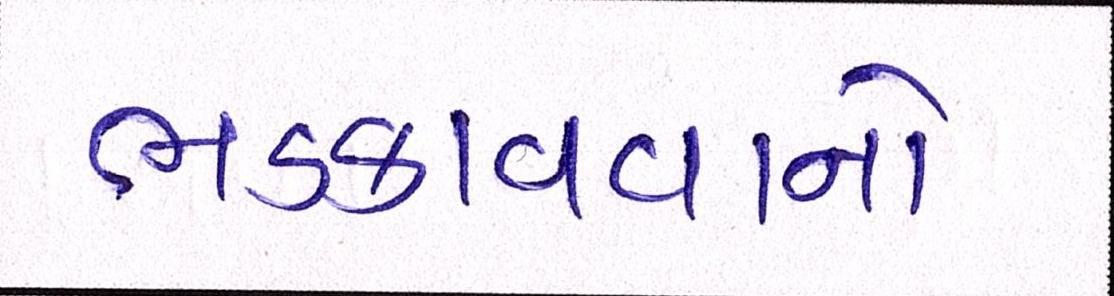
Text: ભડકાવવાનો